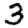
Digit: 3